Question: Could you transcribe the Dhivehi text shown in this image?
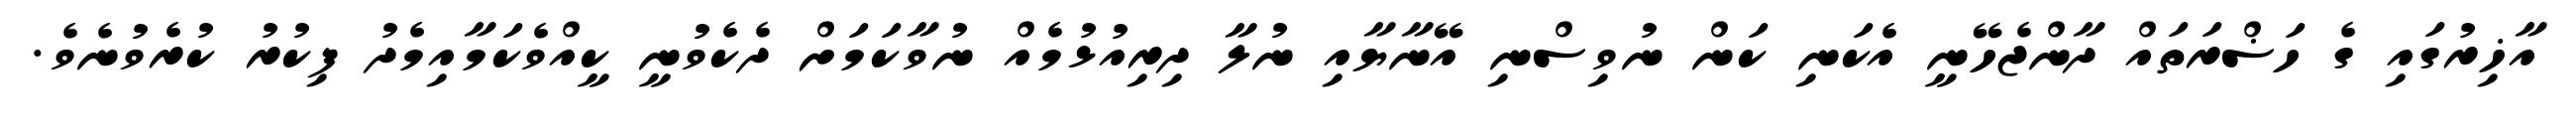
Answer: އާޚިރުގައި ގެ ހަޟްރަތައް ދާންޖެހޭނީ އެކަނި ކަން ނުވިސްނި އޭނާޔާއި ނުލާ ދިރިއުޅުމެއް ނުވާކަމަށް ދެކެވުނީ ކީއްވެކަމާއިމެދު ފިކުރު ކުރެވުނެވެ.